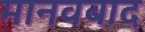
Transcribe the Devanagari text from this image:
मानवबाद